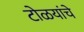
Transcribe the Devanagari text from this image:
टोळयांचे